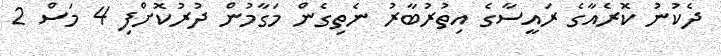
ދެކުނު ކޮރެއާގެ ރައީސާގެ އިތުރުބާރު ނެތިގެން މަގާމުން ދުރުކޮށްފި 4 މަސް 2